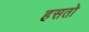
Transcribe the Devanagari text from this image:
हसतो